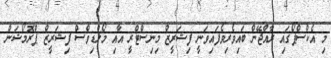
މި އެކްސްޕޯގައި ރާއްޖޭން ބައިވެރިވެފައިވަނީ ފިޝަރީޒް މިނިސްޓްރީ އާއި މޯލްޑިވްސް ފިޝަރީޒް ޕްރޮމޯޝަން